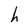
Character: h